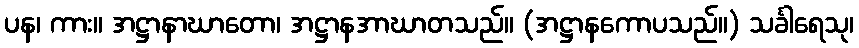
ပန၊ ကား။ အဋ္ဌာနာဃာတော၊ အဋ္ဌာနအာဃာတသည်။ (အဋ္ဌာနကောပသည်။) သင်္ခါရေသု၊